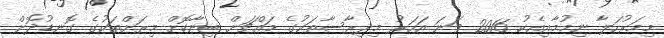
މިމަރުހަލާ ނިމުމާއިއެކު 2016 ވަނަ އަހަރު މިދިރާސާތަކުގެ މައްޗަށް ބިނާކޮށް މިރަށްތަކުގެ ގޮނޑުދޮށް